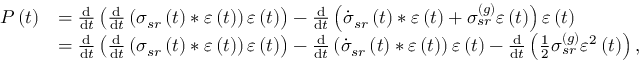
\begin{array} { r l } { P \left( t \right) } & { = \frac { \mathrm { d } } { \mathrm { d } t } \left( \frac { \mathrm { d } } { \mathrm { d } t } \left( \sigma _ { s r } \left( t \right) \ast \varepsilon \left( t \right) \right) \varepsilon \left( t \right) \right) - \frac { \mathrm { d } } { \mathrm { d } t } \left( \dot { \sigma } _ { s r } \left( t \right) \ast \varepsilon \left( t \right) + \sigma _ { s r } ^ { \left( g \right) } \varepsilon \left( t \right) \right) \varepsilon \left( t \right) } \\ & { = \frac { \mathrm { d } } { \mathrm { d } t } \left( \frac { \mathrm { d } } { \mathrm { d } t } \left( \sigma _ { s r } \left( t \right) \ast \varepsilon \left( t \right) \right) \varepsilon \left( t \right) \right) - \frac { \mathrm { d } } { \mathrm { d } t } \left( \dot { \sigma } _ { s r } \left( t \right) \ast \varepsilon \left( t \right) \right) \varepsilon \left( t \right) - \frac { \mathrm { d } } { \mathrm { d } t } \left( \frac { 1 } { 2 } \sigma _ { s r } ^ { \left( g \right) } \varepsilon ^ { 2 } \left( t \right) \right) , } \end{array}